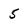
Character: 5